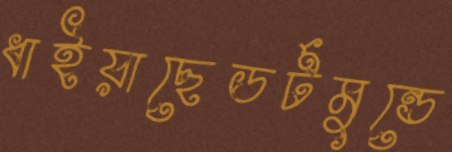
ধাইয়াছেডর্টমুন্ডে